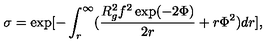
\sigma = \exp [ - \int _ { r } ^ { \infty } ( \frac { R _ { g } ^ { 2 } f ^ { 2 } \exp ( - 2 \Phi ) } { 2 r } + r \Phi ^ { 2 } ) d r ] ,